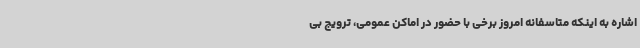
اشاره به اینکه متاسفانه امروز برخی با حضور در اماکن عمومی، ترویج بی